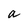
Character: a